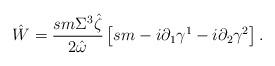
LaTeX: \begin{align*}\hat{W}=\frac{sm\Sigma^3\hat{\zeta}}{2\hat{\omega}}\left[sm-i\partial _1\gamma^1-i\partial_2 \gamma^2 \right].\end{align*}